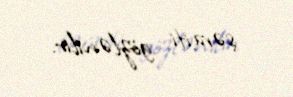
şəraiti gözlənilir.